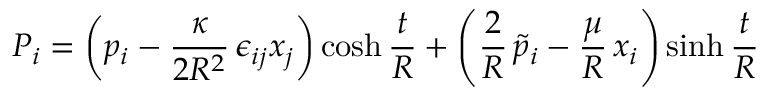
P _ { i } = \left( p _ { i } - \frac { \kappa } { 2 R ^ { 2 } } \, \epsilon _ { i j } x _ { j } \right) \cosh \frac { t } { R } + \left( \frac { 2 } { R } \, \tilde { p } _ { i } - \frac { \mu } { R } \, x _ { i } \right) \sinh \frac { t } { R }